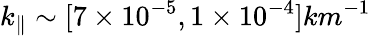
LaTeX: k_{\parallel}\sim[7\times 10^{-5},1\times 10^{-4}]km^{-1}